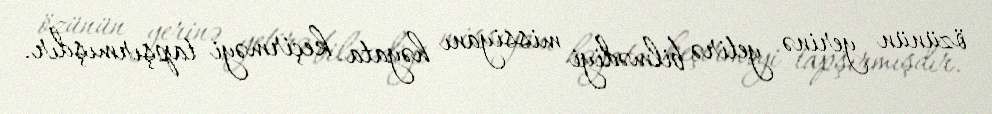
özünün yerinə yetirə bilmədiyi missiyanı həyata keçirməyi tapşırmışdır.